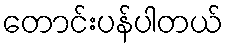
တောင်းပန်ပါတယ်